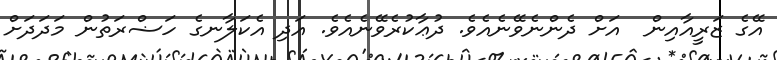
އޭގެ ޒަރީއާއިން  އަށް ދެންނެވޭނެއެވެ. ދުޢާކުރެވޭނެއެވެ. އަދި އެކަލާނގެ ހަޟްރަތުން މަދަދަށް